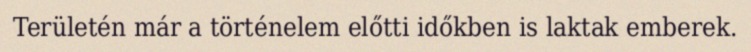
Területén már a történelem előtti időkben is laktak emberek.